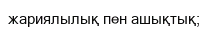
жариялылық пен ашықтық;